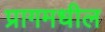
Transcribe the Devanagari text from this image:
प्रागमधील